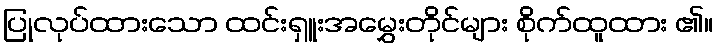
ပြုလုပ်ထားသော ထင်းရှူးအမွှေးတိုင်များ စိုက်ထူထား ၏။